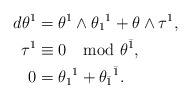
\begin{align*}d\theta^1&=\theta^1\wedge\theta_1{}^1+\theta\wedge\tau^1 , \\\tau^1&\equiv 0\mod\theta^{\bar 1} , \\0&=\theta_1{}^1+\theta_{\bar{1}}{}^{\bar 1} .\end{align*}